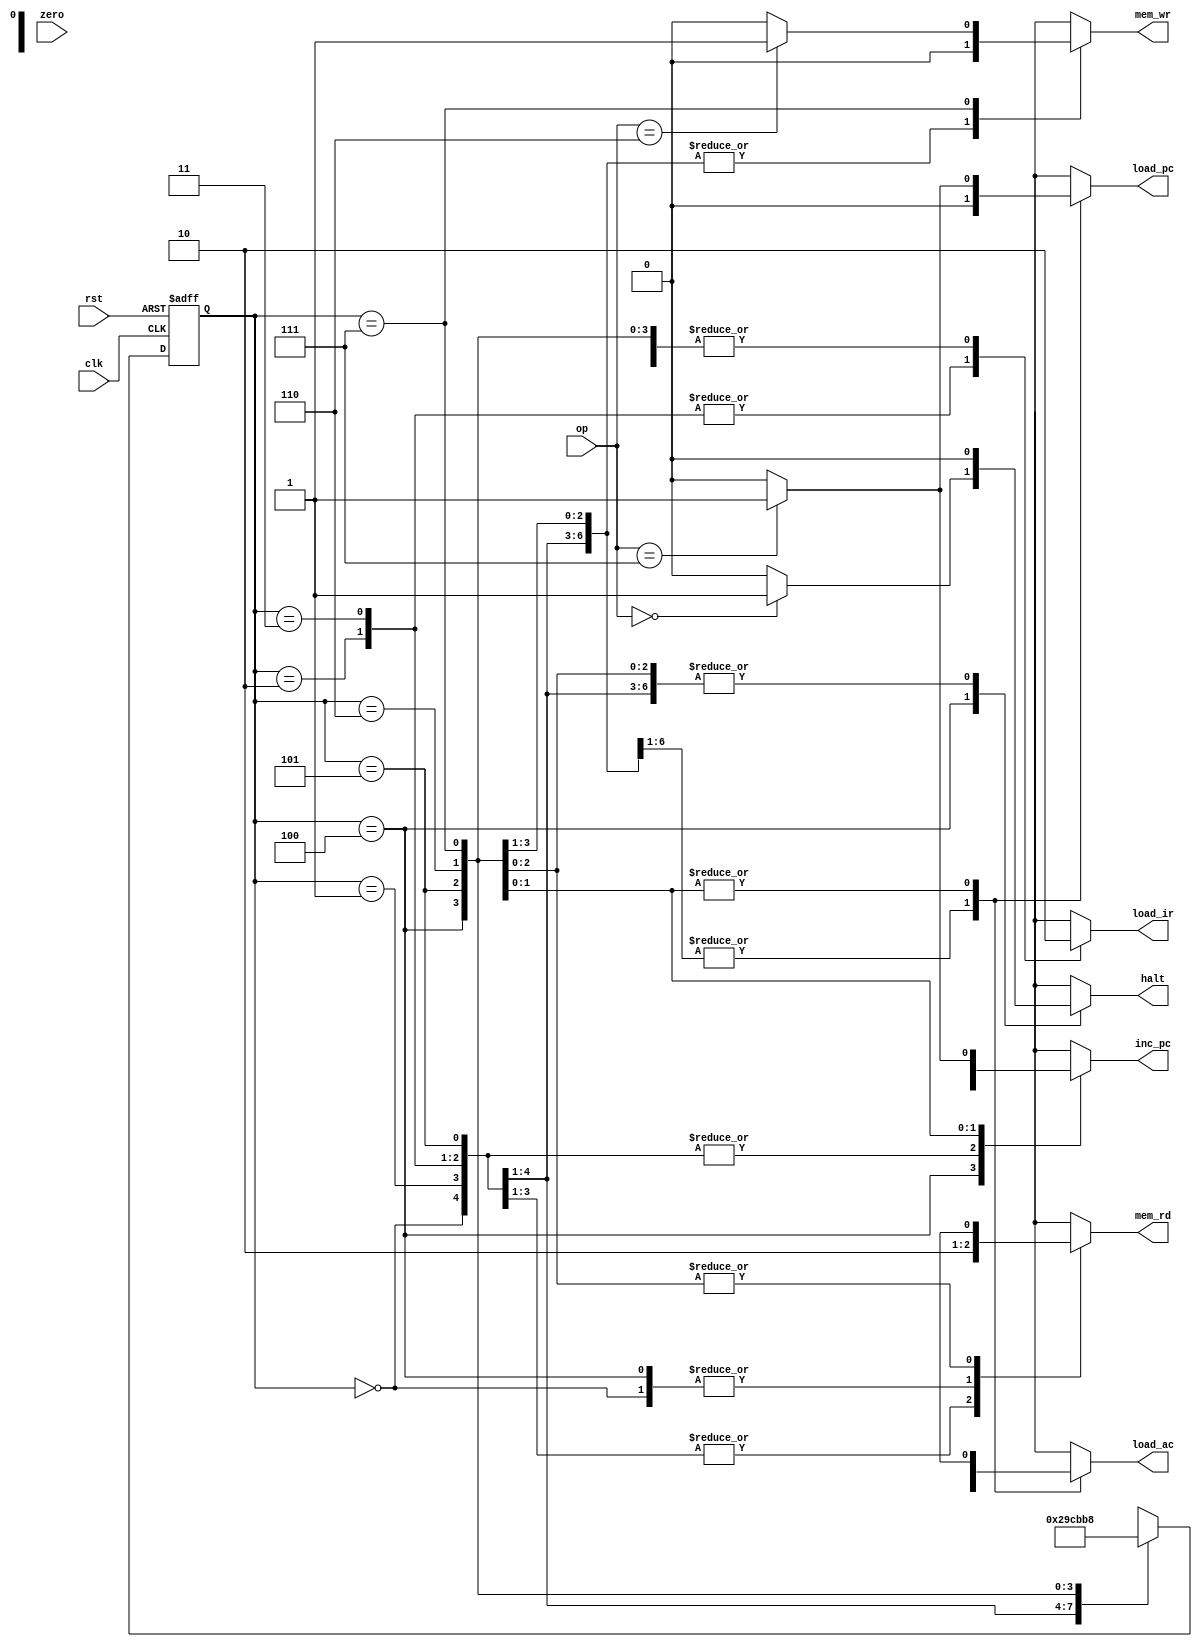
module sequence_controller(op,zero,clk,rst,mem_rd,load_ir,halt,inc_pc,load_ac,load_pc,mem_wr);
input wire [2:0]op;
input wire zero;
input wire clk;
input wire rst;
output reg mem_rd;
output reg load_ir;
output reg halt;
output reg inc_pc;
output reg load_ac;
output reg load_pc;
output reg mem_wr;

reg [2:0]state; 
reg [2:0]next_state;

localparam INSTRUC_ADDR=3'b000;
localparam INSTRUC_FETCH=3'b001;
localparam INSTRUC_LOAD=3'b010;
localparam IDLE=3'b011;
localparam OP_ADDR=3'b100;
localparam OP_FETCH=3'b101;
localparam ALU_OP=3'b110;
localparam STORE=3'b111;

reg HLT;
reg SKZ;
reg ADD;
reg AND;
reg XOR;
reg LDA;
reg STO;
reg JMP;
reg ZERO;
reg ALUOP;

always @(posedge clk or negedge rst)
begin
if(!rst)
begin
    state<= INSTRUC_ADDR;
end
else
begin
    state<= next_state;
end
end 

always @(op)
begin
HLT=(op==3'b000)?1:0;
SKZ=(op==3'b001 & zero==1)?1:0;
ADD=(op==3'b010)?1:0;
AND=(op==3'b011)?1:0;
XOR=(op==3'b100)?1:0;
LDA=(op==3'b101)?1:0;
STO=(op==3'b110)?1:0;
JMP=(op==3'b111)?1:0;
end

always @(state)
begin
case(state)
INSTRUC_ADDR:begin
    mem_rd=0;  load_ir=0; halt=0; inc_pc=0; 
    load_ac=0; load_pc=0; mem_wr=0;
    next_state=INSTRUC_FETCH;
end

INSTRUC_FETCH:begin
    mem_rd=1'b1;  load_ir=0; halt=0; inc_pc=0; 
    load_ac=0; load_pc=0; mem_wr=0;
    next_state=INSTRUC_LOAD;
end

INSTRUC_LOAD:begin
    mem_rd=1'b1;  load_ir=1'b1; halt=0; inc_pc=0; 
    load_ac=0; load_pc=0; mem_wr=0;
    next_state=IDLE;
end 

IDLE:begin
    mem_rd=1'b1;  load_ir=1'b1; halt=0; inc_pc=0; 
    load_ac=0; load_pc=0; mem_wr=0;
    next_state=OP_ADDR;
end

OP_ADDR:begin
    mem_rd=0;  load_ir=0; halt=HLT; inc_pc=1'b1; 
    load_ac=0; load_pc=0; mem_wr=0;
    next_state=OP_FETCH;
end

OP_FETCH:begin
    mem_rd=ALUOP;  load_ir=0; halt=0; inc_pc=0; 
    load_ac=0; load_pc=0; mem_wr=0;
    next_state=ALU_OP;
end

ALU_OP:begin
    mem_rd=ALUOP;  load_ir=0; halt=0; inc_pc=SKZ; inc_pc=ZERO; 
    load_ac=ALUOP; load_pc=JMP; mem_wr=0;   
    next_state=STORE;
end

STORE:begin
    mem_rd=ALUOP;  load_ir=0; halt=0; inc_pc=JMP; 
    load_ac=ALUOP; load_pc=JMP; mem_wr=STO;
    next_state=INSTRUC_ADDR;
end
default:begin
    mem_rd=0;  load_ir=0; halt=0; inc_pc=0; 
    load_ac=0; load_pc=0; mem_wr=0;
    next_state=INSTRUC_FETCH;
end
endcase
end
endmodule